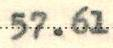
57.61